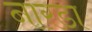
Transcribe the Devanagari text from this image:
नारडा